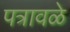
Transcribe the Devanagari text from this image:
पत्रावळे